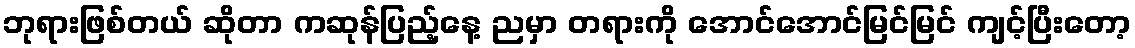
ဘုရားဖြစ်တယ် ဆိုတာ ကဆုန်ပြည့်နေ့ ညမှာ တရားကို အောင်အောင်မြင်မြင် ကျင့်ပြီးတော့